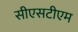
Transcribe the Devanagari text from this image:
सीएसटीएम